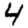
Digit: 4